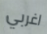
اغربي